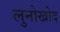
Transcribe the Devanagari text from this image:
लुनोखोद